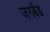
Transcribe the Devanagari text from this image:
जगबैंड